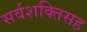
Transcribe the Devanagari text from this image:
सर्वशक्तिसह